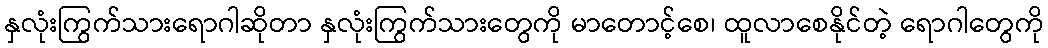
နှလုံးကြွက်သားရောဂါဆိုတာ နှလုံးကြွက်သားတွေကို မာတောင့်စေ၊ ထူလာစေနိုင်တဲ့ ရောဂါတွေကို